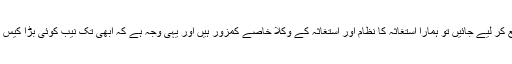
اور اگر شواہد جمع کر لیے جائیں تو ہمارا استغاثہ کا نظام اور استغاثہ کے وکلا خاصے کمزور ہیں اور یہی وجہ ہے کہ ابھی تک نیب کوئی بڑا کیس ثابت نہیں کر پایا۔